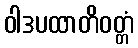
ဝါဒပထာတိဝတ္တံ